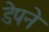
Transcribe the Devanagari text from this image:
डेपने